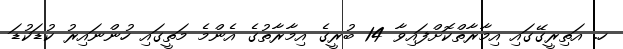
ހ. އަތިރީގޭގައި އިމާރާތްކޮށްފައިވާ 14 ބުރީގެ އިމާރާތުގެ އެންމެ މަތީގައި ހުންނައިރު ކުޑަކުޑަ